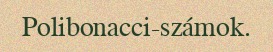
Polibonacci-számok.